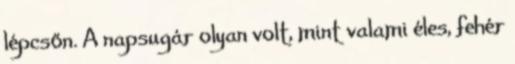
lépcsőn. A napsugár olyan volt, mint valami éles, fehér